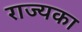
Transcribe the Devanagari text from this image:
राज्यका